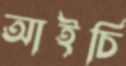
আইচি